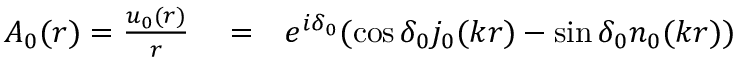
\begin{array} { r l r } { A _ { 0 } ( r ) = \frac { u _ { 0 } ( r ) } { r } } & { { } = } & { e ^ { i \delta _ { 0 } } ( \cos \delta _ { 0 } j _ { 0 } ( k r ) - \sin \delta _ { 0 } n _ { 0 } ( k r ) ) } \end{array}